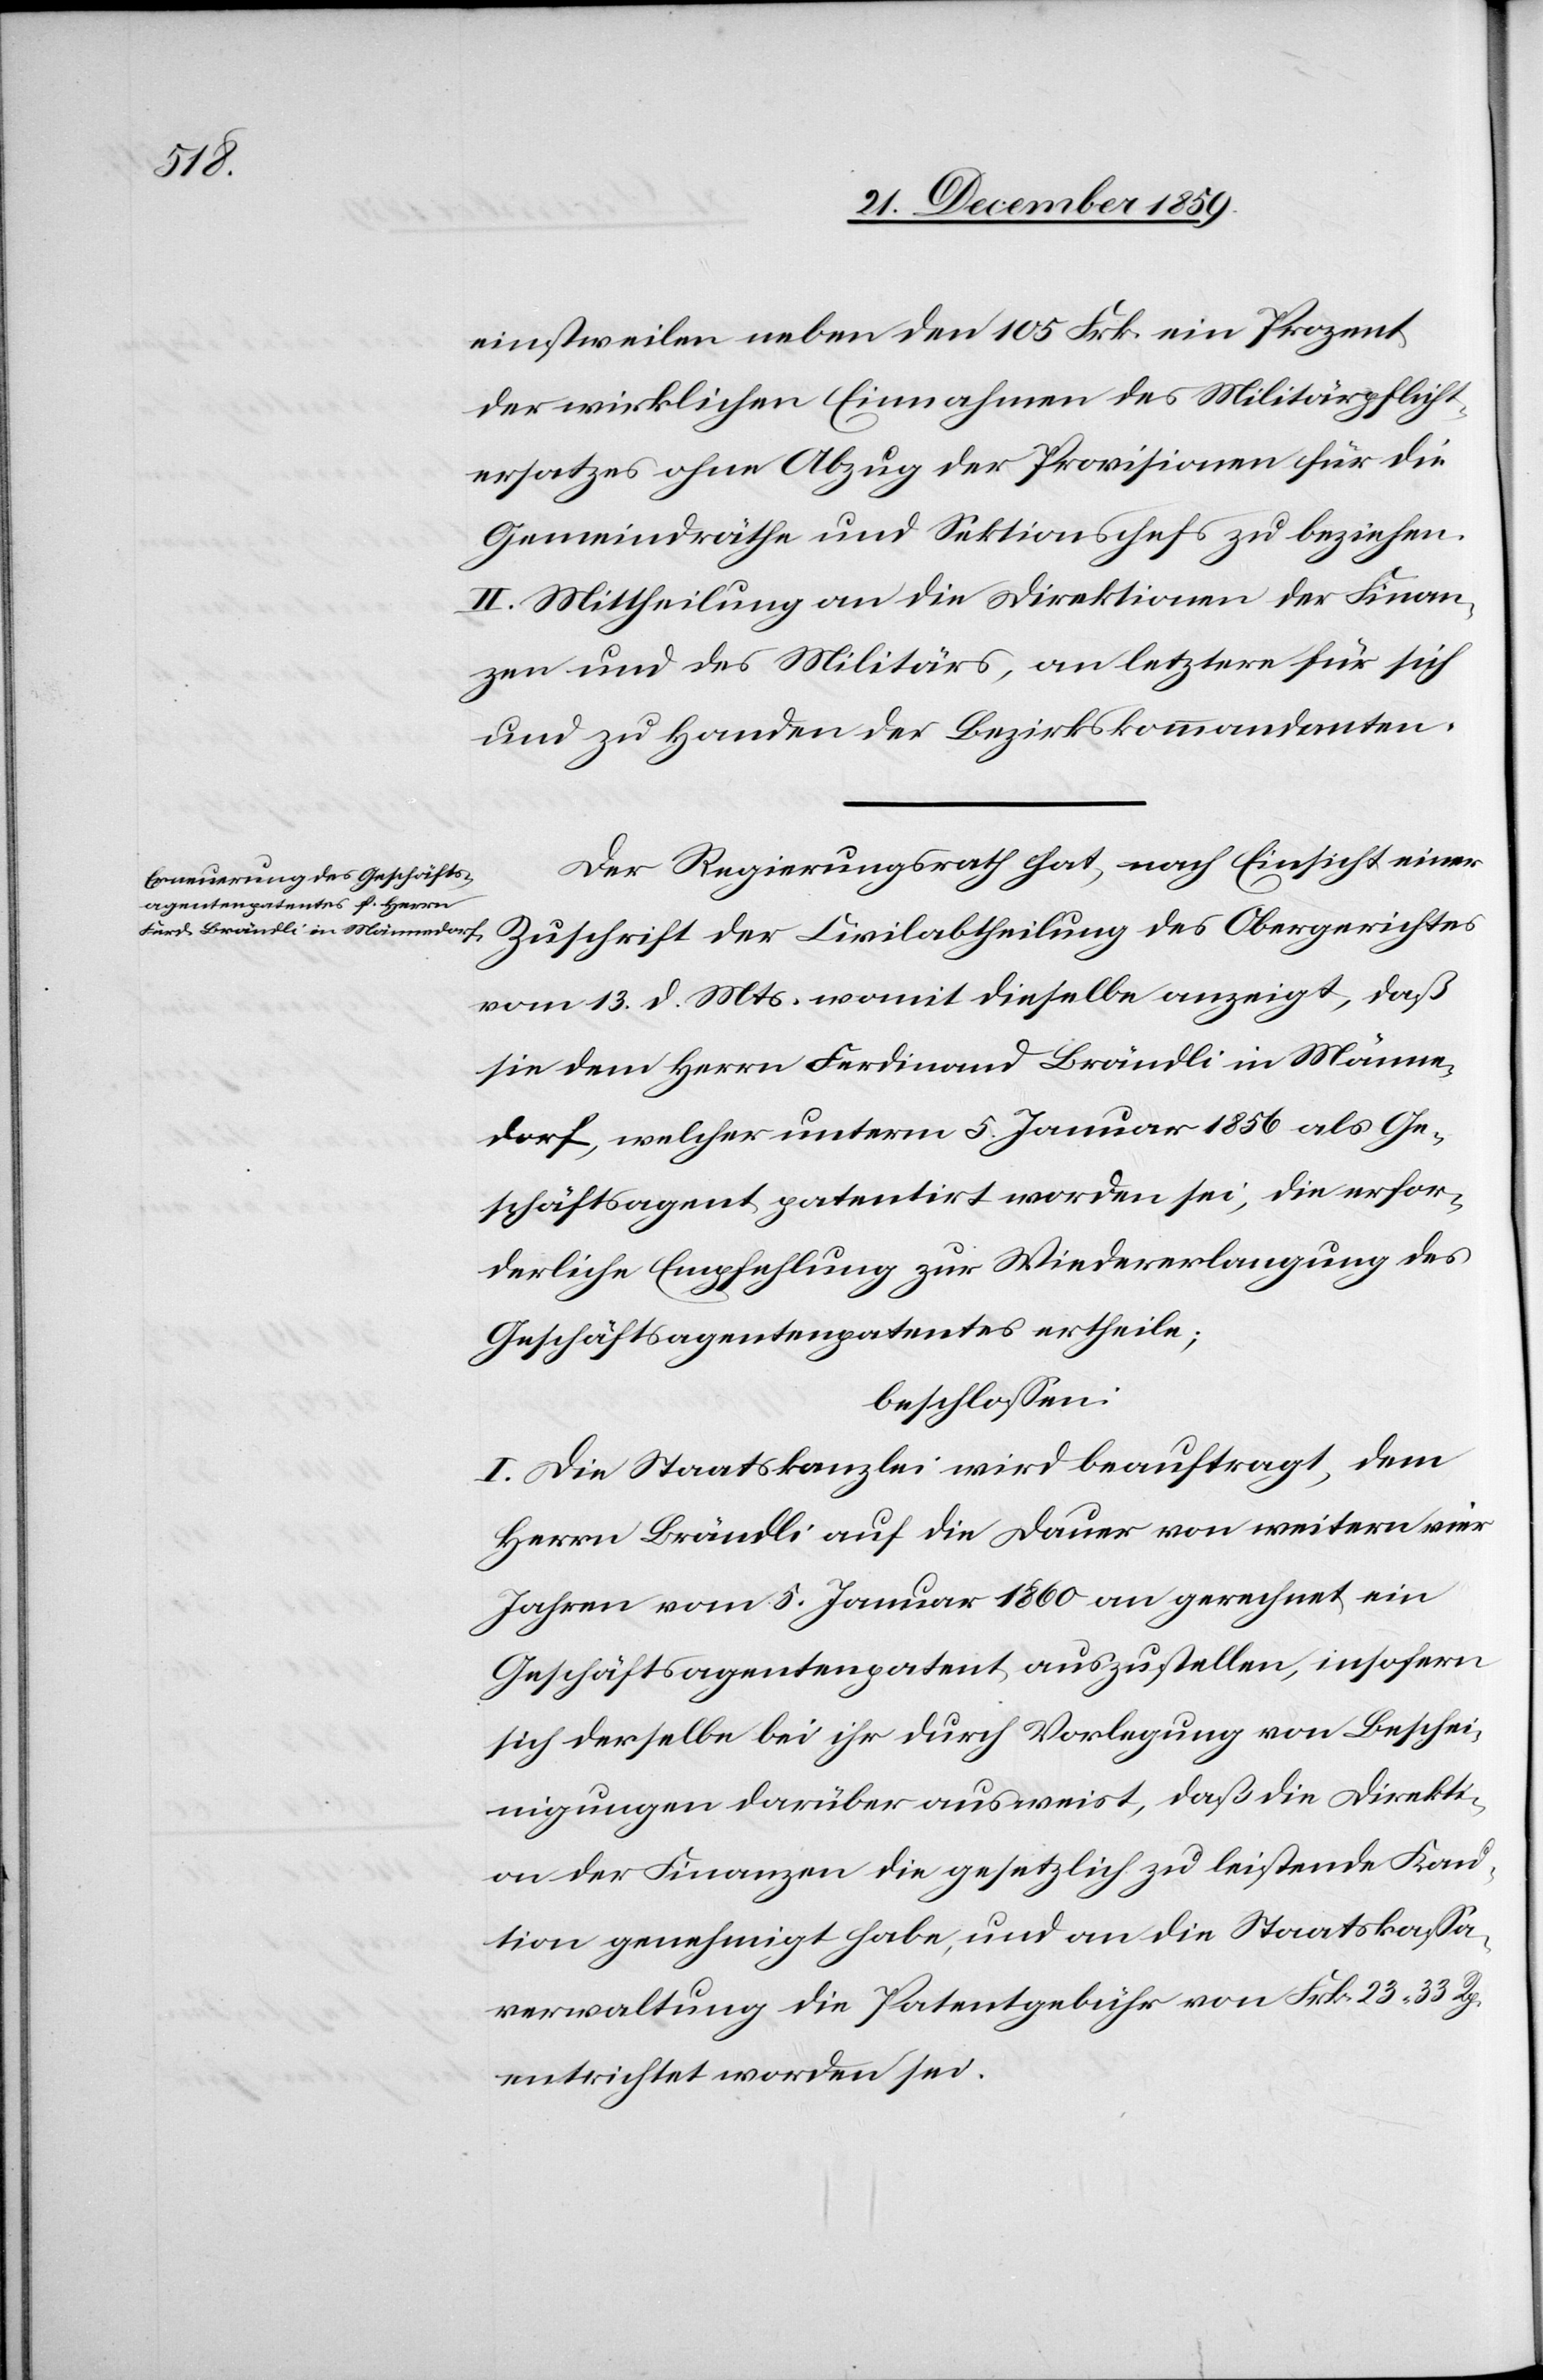
einstweilen neben den 105 Frk. ein Prozent
der wirklichen Einnahmen des Militärpflicht¬
ersatzes ohne Abzug der Provisionen für die
Gemeindräthe und Sektionschefs zu beziehen.
II. Mittheilung an die Direktionen der Finan¬
zen und des Militärs, an letztere für sich
und zu Handen der Bezirkskommandanten.
Der Regierungsrath hat, nach Einsicht einer
Zuschrift der Civilabtheilung des Obergerichtes
vom 13. d. Mts. womit dieselbe anzeigt, daß
sie dem Herrn Ferdinand Brändli in Männe¬
dorf, welcher unterm 5. Januar 1856 als Ge¬
schäftsagent patentirt worden sei, die erfor¬
derliche Empfehlung zu Wiedererlangung des
Geschäftsagentenpatentes ertheile;
beschlossen:
I. Die Staatskanzlei wird beauftragt, dem
Herrn Brändli auf die Dauer von weitern vier
Jahren vom 5. Januar 1860 an gerechnet, ein
Geschäftsagentenpatent auszustellen, insofern
sich derselbe bei ihr durch Vorlegung von Beschei¬
nigungen darüber ausweist, daß die Direkti¬
on der Finanzen die gesetzlich zu leistende Kau¬
tion genehmigt habe, und an die Staatskassa¬
verwaltung die Patentgebühr von Frk. 23 33 Rp.
entrichtet worden sei.